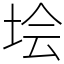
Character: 𡋗